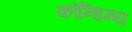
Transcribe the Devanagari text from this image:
कौन्डिन्य